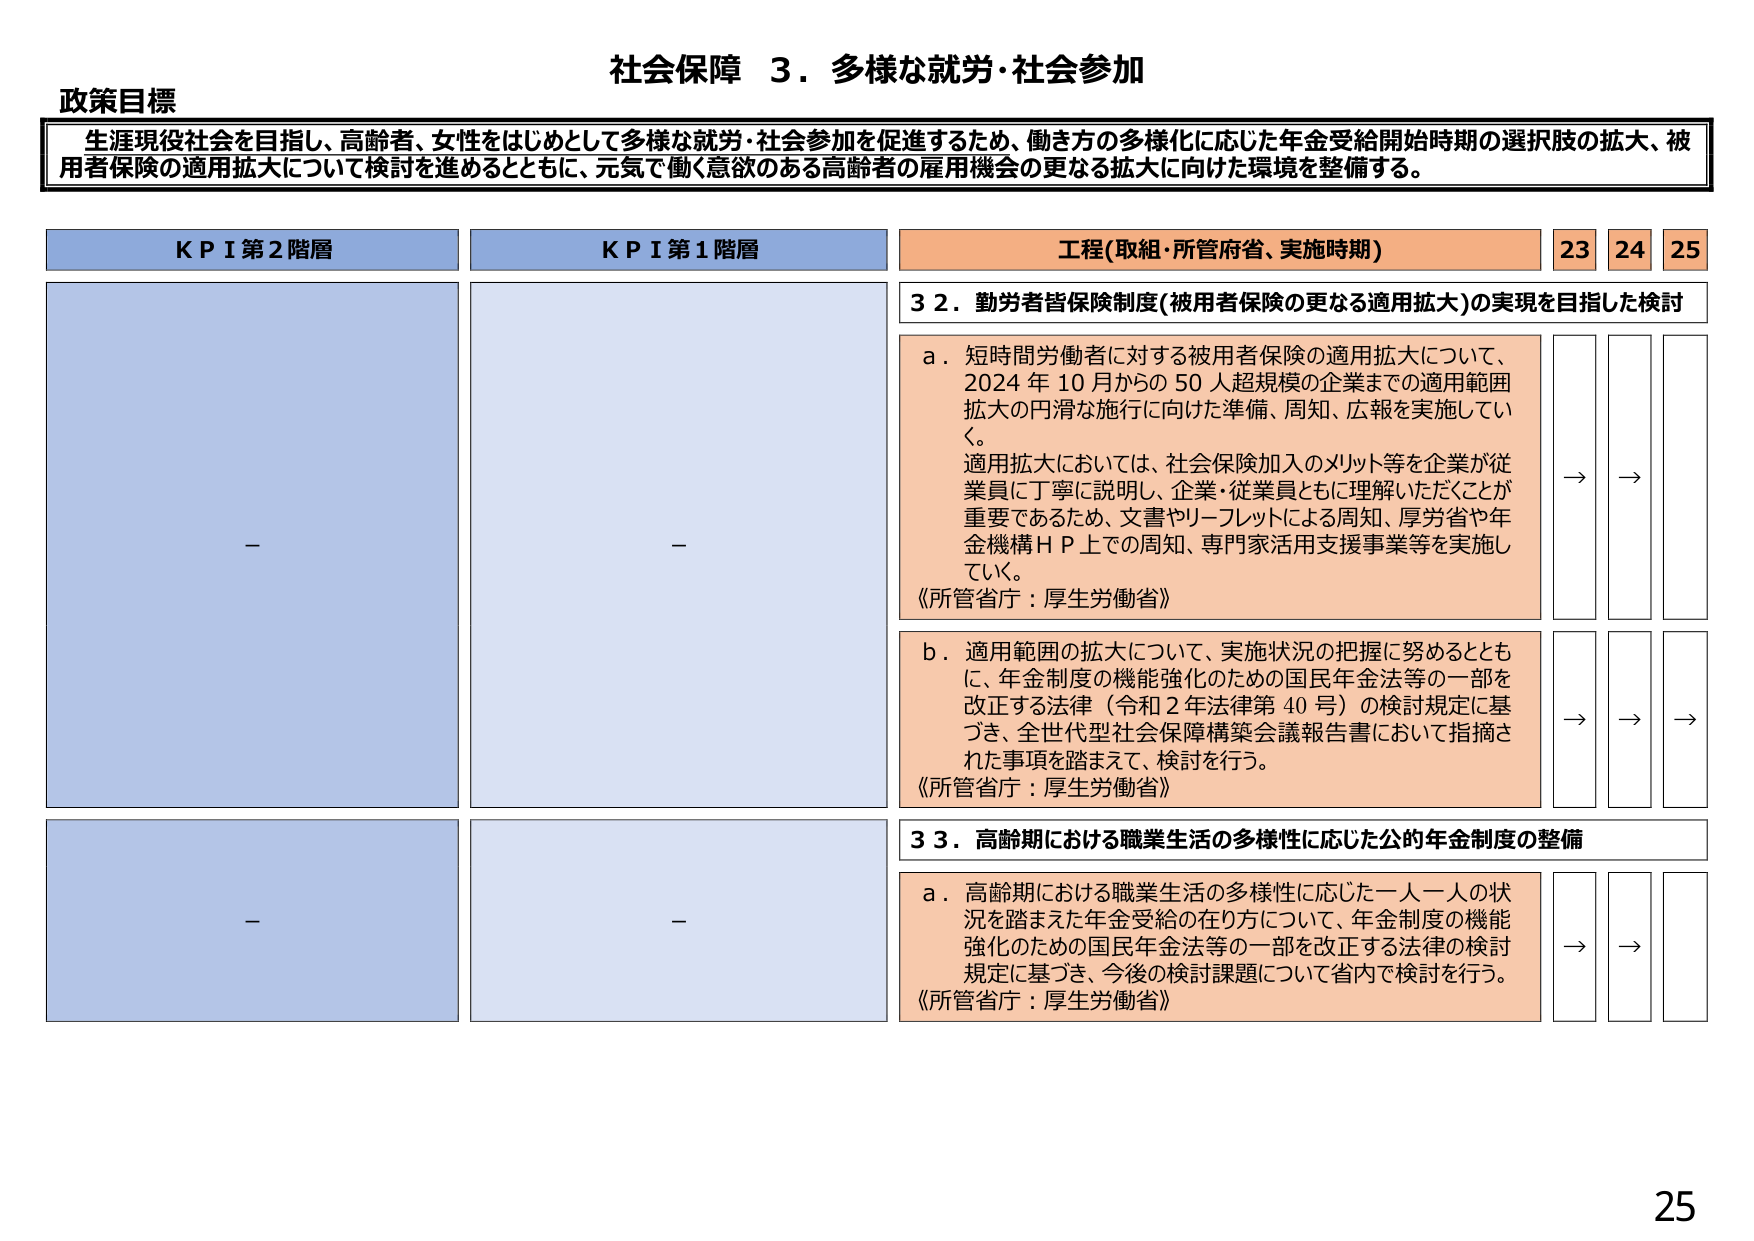
社会保障 ３．多様な就労・社会参加

政策目標
生涯現役社会を目指し、高齢者、女性をはじめとして多様な就労・社会参加を促進するため、働き方の多様化に応じた年金受給開始時期の選択肢の拡大、被用者保険の適用拡大について検討を進めるとともに、元気で働く意欲のある高齢者の雇用機会の更なる拡大に向けた環境を整備する。

KPI第2階層
－

KPI第1階層
－

工程（取組・所管府省、実施時期）
23 24 25

32．勤労者皆保険制度（被用者保険の更なる適用拡大）の実現を目指した検討

a．短時間労働者に対する被用者保険の適用拡大について、2024年10月からの50人超規模の企業までの適用範囲拡大の円滑な施行に向けた準備、周知、広報を実施していく。適用拡大においては、社会保険加入のメリット等を企業が従業員に丁寧に説明し、企業・従業員ともに理解いただくことが重要であるため、文書やリーフレットによる周知、厚労省や年金機構ＨＰ上での周知、専門家活用支援事業等を実施していく。
《所管省庁：厚生労働省》

→ →

b．適用範囲の拡大について、実施状況の把握に努めるとともに、年金制度の機能強化のための国民年金法等の一部を改正する法律（令和2年法律第40号）の検討規定に基づき、全世代型社会保障構築会議報告書において指摘された事項を踏まえて、検討を行う。
《所管省庁：厚生労働省》

→ → →

33．高齢期における職業生活の多様性に応じた公的年金制度の整備

a．高齢期における職業生活の多様性に応じた一人一人の状況を踏まえた年金受給の在り方について、年金制度の機能強化のための国民年金法等の一部を改正する法律の検討規定に基づき、今後の検討課題について省内で検討を行う。
《所管省庁：厚生労働省》

→ →

25